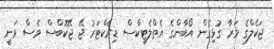
ޖަކެލްގެ މަރާ ގުޅިގެން އޯބާންގެ އެތްލެޓިކްސް ޑިރެކްޓަރު ޖޭ ޖޭކޮބްސް ވެސް ވަނީ